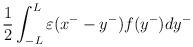
LaTeX: \begin{align*}\frac{1}{2}\int^L_{-L}{\varepsilon}(x^--y^-)f(y^-)dy^-\end{align*}